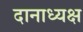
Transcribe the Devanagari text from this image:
दानाध्यक्ष